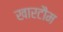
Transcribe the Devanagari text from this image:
खारटौम